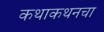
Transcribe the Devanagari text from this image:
कथाकथनचा